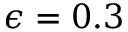
\epsilon = 0 . 3